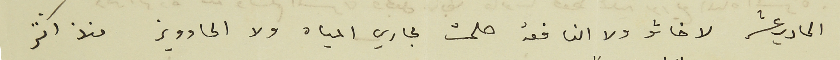
الحادي عشر لا خاشو ولا النافعة صلحت مجاري المياه ولا الحاوويز منذ اكثر